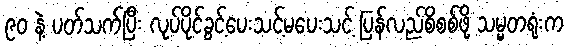
၉ဝ နဲ့ ပတ်သက်ပြီး လုပ်ပိုင်ခွင့်ပေးသင့်မပေးသင့် ပြန်လည်စိစစ်ဖို့ သမ္မတရုံးက